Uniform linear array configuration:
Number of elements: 4
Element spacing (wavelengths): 0.25
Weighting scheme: uniform
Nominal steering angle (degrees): -15
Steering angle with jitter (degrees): -14.739
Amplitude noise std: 0.05
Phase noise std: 0.05

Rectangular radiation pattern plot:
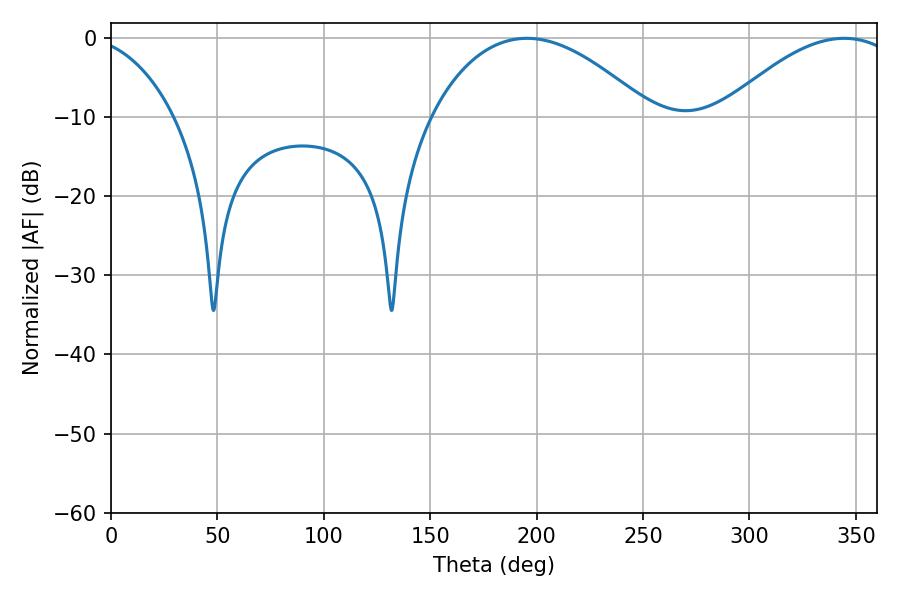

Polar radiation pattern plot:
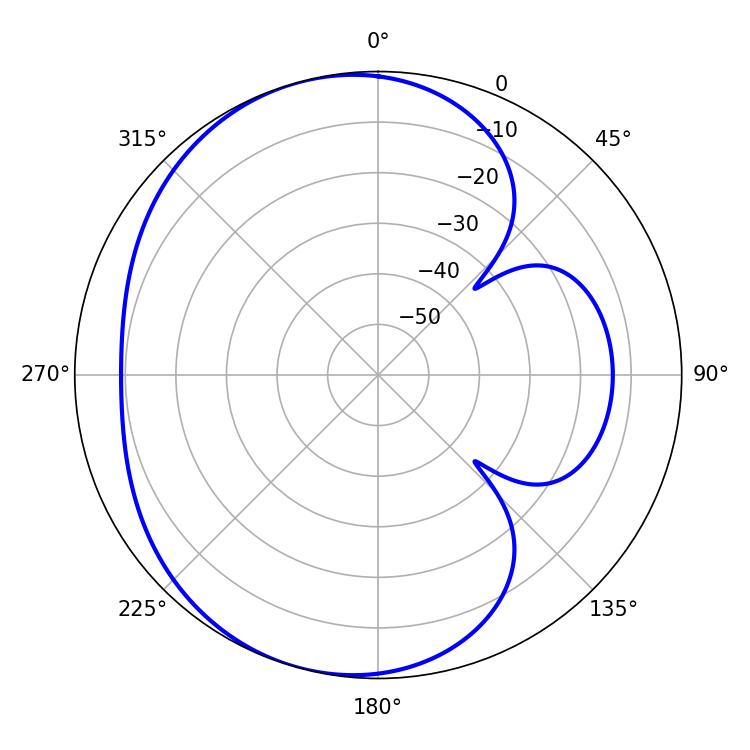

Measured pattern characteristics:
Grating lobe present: FALSE
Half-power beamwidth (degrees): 57.42
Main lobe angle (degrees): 195.48